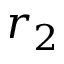
r _ { 2 }